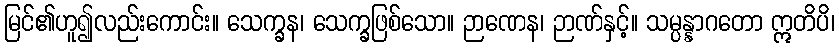
မြင်၏ဟူ၍လည်းကောင်း။ သေက္ခန၊ သေက္ခဖြစ်သော။ ဉာဏေန၊ ဉာဏ်နှင့်။ သမ္ပန္နာဂတော ဣတိပိ၊